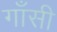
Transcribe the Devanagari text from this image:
गाँसी